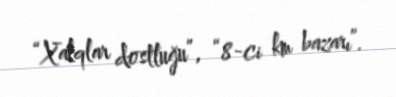
“Xalqlar dostluğu”, “8-ci km bazarı”.